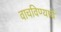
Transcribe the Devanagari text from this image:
वाचविण्याचे